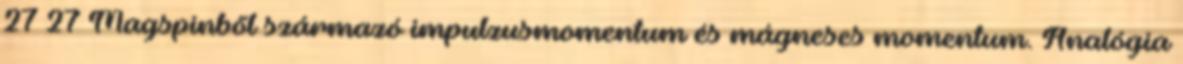
27 27 Magspinből származó impulzusmomentum és mágneses momentum. Analógia